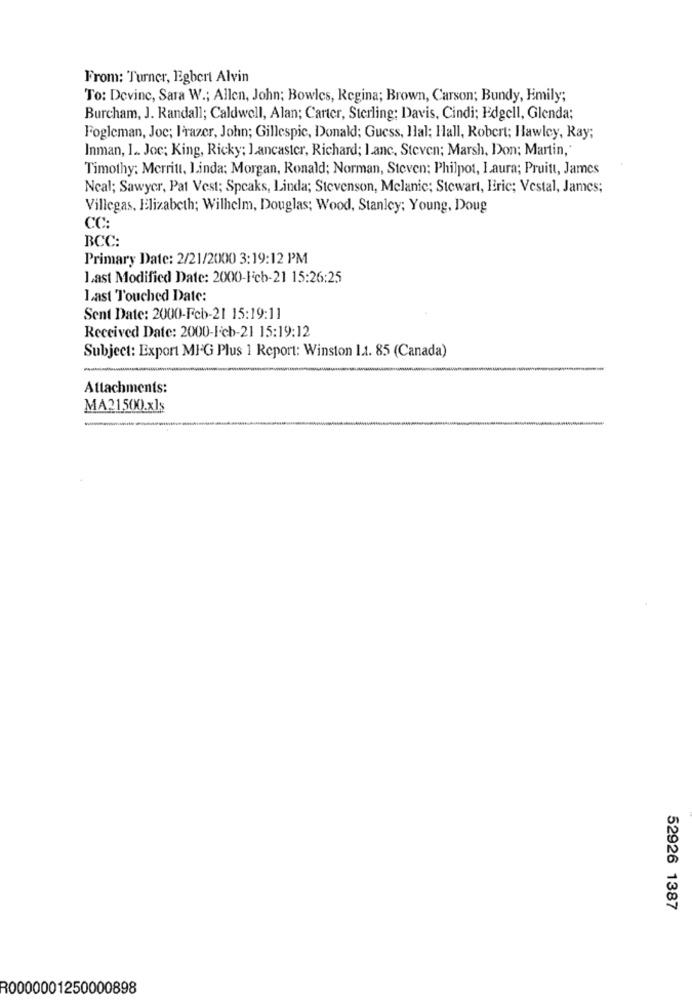
From: Turner, Egbert Alvin
To: Devinc, Sara W .; Allen, John; Bowles, Regina; Brown, Carson; Bundy, Emily;
Burcham, J. Randall; Caldwell, Alan; Carter, Sterling: Davis, Cindi; Edgell, Glenda;
Fogleman, Joc; l'razer, John; Gillespic, Donald; Guess, Hal; Hall, Robert; Hawley, Ray;
Inman, 1 .. Joc; King, Ricky; Lancaster, Richard; I.anc, Steven; Marsh, Don; Martin,'
Timothy: Merritt, Linda: Morgan, Ronald; Norman, Steven; Philpot, Laura; Pruitt, James
Neal; Sawyer, Pat Vest; Speaks, Linda; Stevenson, Melanie; Stewart, Eric; Vestal, James;
Villegas, Elizabeth; Wilhelm, Douglas; Wood, Stanley; Young, Doug
CC:
BCC:
Primary Date: 2/21/2000 3:19:12 PM
last Modified Date: 2000-Feb-21 15:26:25
Last Touched Date:
Sent Date: 2000-Feb-21 15:19:11
Received Date: 2000-Feb-21 15:19:12
Subject: Export MFG Plus 1 Report: Winston 1.1. 85 (Canada)
Attachments:
MA21500.xls
52926 1387
R0000001250000898